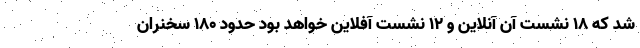
شد که ۱۸ نشست آن آنلاین و ۱۲ نشست آفلاین خواهد بود حدود ۱۸۰ سخنران